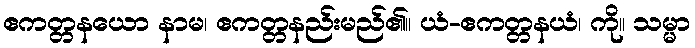
ဧကတ္တနယော နာမ၊ ဧကတ္တနည်းမည်၏။ ယံ-ဧကတ္တနယံ၊ ကို။ သမ္မာ